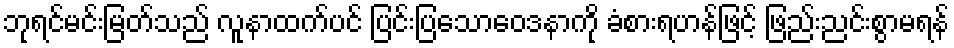
ဘုရင်မင်းမြတ်သည် လူနာထက်ပင် ပြင်းပြသောဝေဒနာကို ခံစားရဟန်ဖြင့် ဖြည်းညင်းစွာမရန်